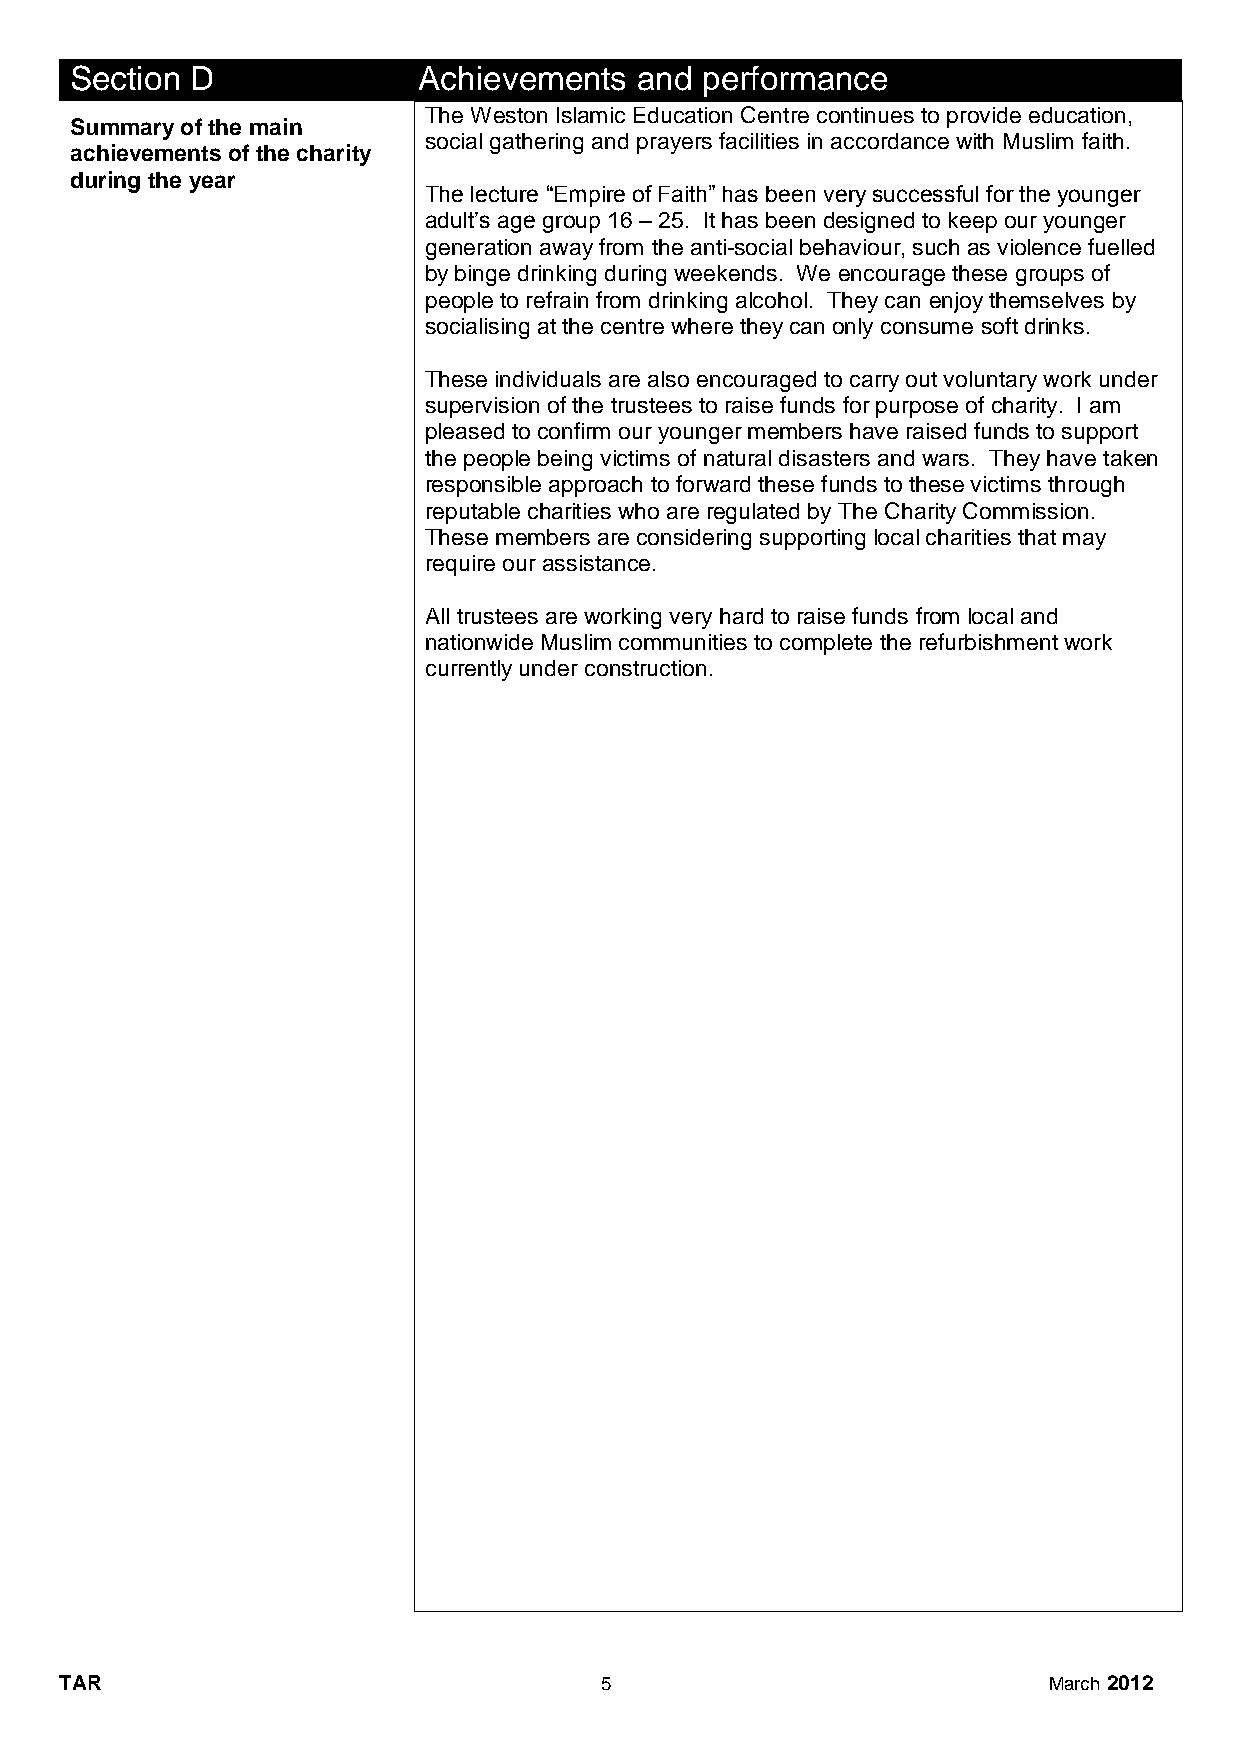
Section D              Achievements  and performance
 The Weston Islamic Education Centre continues to provide education,
 Summary of the main
 social gathering and prayers facilities in accordance with Muslim faith.
 achievements of the charity
 during the year
 The lecture “Empire of Faith” has been very successful for the younger
 adult’s age group 16 – 25. It has been designed to keep our younger
 generation away from the anti-social behaviour, such as violence fuelled
 by binge drinking during weekends. We encourage these groups of
 people to refrain from drinking alcohol. They can enjoy themselves by
 socialising at the centre where they can only consume soft drinks.
 These individuals are also encouraged to carry out voluntary work under
 supervision of the trustees to raise funds for purpose of charity. I am
 pleased to confirm our younger members have raised funds to support
 the people being victims of natural disasters and wars. They have taken
 responsible approach to forward these funds to these victims through
 reputable charities who are regulated by The Charity Commission.
 These members are considering supporting local charities that may
 require our assistance.
 All trustees are working very hard to raise funds from local and
 nationwide Muslim communities to complete the refurbishment work
 currently under construction.
 TAR                                 5                            March 2012